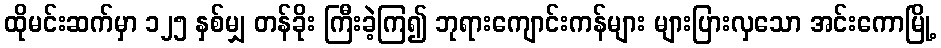
ထိုမင်းဆက်မှာ ၁၂၅ နှစ်မျှ တန်ခိုး ကြီးခဲ့ကြ၍ ဘုရားကျောင်းကန်များ များပြားလှသော အင်းကောမြို့